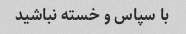
با سپاس و خسته نباشید